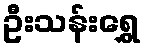
ဦးသန်းရွှေ